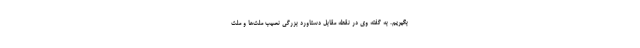
بگیریم. به گفته وی در نقطه مقابل دستاورد بزرگی نصیب ملّت‌ها و ملّت